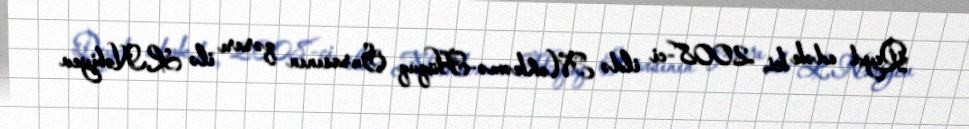
Qeyd edək ki, 2008-ci ildə Məhkəmə-Hüquq Şurasının qərarı ilə L.Nəbiyev